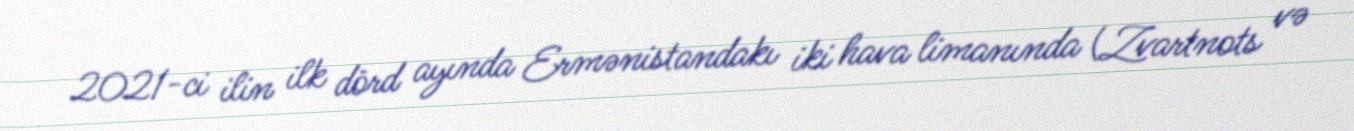
2021-ci ilin ilk dörd ayında Ermənistandakı iki hava limanında (Zvartnots və